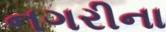
નગરીના